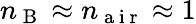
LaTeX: n_{\mathrm{~B~}}\approx n_{\mathrm{~a~i~r~}}\approx 1